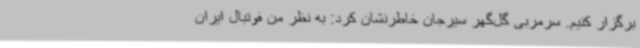
برگزار کنیم. سرمربی گل‌گهر سیرجان خاطرنشان کرد: به نظر من فوتبال ایران